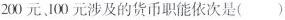
200元100元涉及的货币职能依次是()